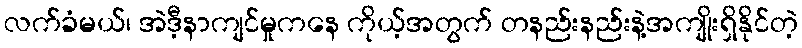
လက်ခံမယ်၊ အဲဒီ့နာကျင်မှုကနေ ကိုယ့်အတွက် တနည်းနည်းနဲ့အကျိုးရှိနိုင်တဲ့